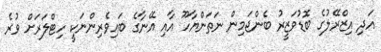
އަދި އިޒްރޭލުގެ ބޮޑުވަޒީރު ބެންޖަމިން ނަތަންޔާހޫ އާއި އޭނާގެ ބައިވެރިންނަކީ ހިޓްލަރަށް ވުރެ